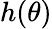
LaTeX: h(\theta)